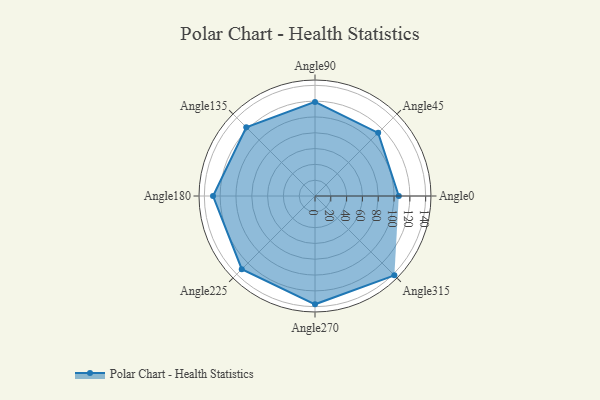
{"axis": {"x": "Angle", "y": "Radius"}, "legend": [""], "data": [{"x": "Angle0", "y": 106.0, "type": ""}, {"x": "Angle45", "y": 113.0, "type": ""}, {"x": "Angle90", "y": 119.0, "type": ""}, {"x": "Angle135", "y": 123.0, "type": ""}, {"x": "Angle180", "y": 129.0, "type": ""}, {"x": "Angle225", "y": 131.0, "type": ""}, {"x": "Angle270", "y": 137.0, "type": ""}, {"x": "Angle315", "y": 142.0, "type": ""}]}